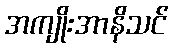
အကျိုးအာနိသင်